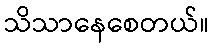
သိသာနေစေတယ်။